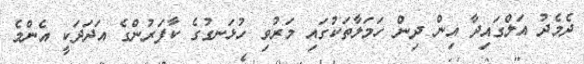
ދެމެދު އަލްގައިދާ އިން ދިން ހަމަލާތަކުގައި މަރުވި ހުޅަނގުގެ ކާފަރުންގެ އަދަދަކީ އެންމެ